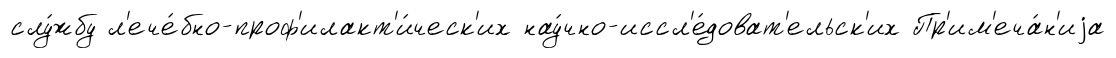
слу́жбу л'ече́бно-проф'илакт'и́ческ'их нау́чно-иссл'е́доват'ельск'их Пр'им'еча́н'иjа